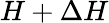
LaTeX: H+\Delta H